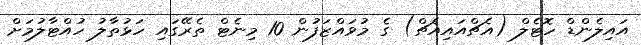
އައިލެންޑް ހޮޓެލް (އެޗްއައިއެޗް) ގެ މުވައްޒަފުން 10 މިނެޓް ތެރޭގައި ހަޅުތާލު ހުއްޓާލުމަށް